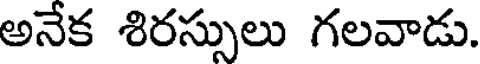
అనేక శిరస్సులు గలవాడు.